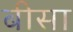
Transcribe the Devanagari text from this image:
बीसा